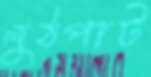
লুঠপাট